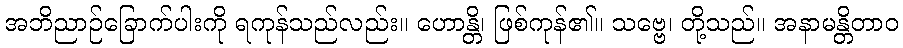
အဘိညာဉ်ခြောက်ပါးကို ရကုန်သည်လည်း။ ဟောန္တိ၊ ဖြစ်ကုန်၏။ သဗ္ဗေ၊ တို့သည်။ အနာမန္တိတာဝ